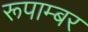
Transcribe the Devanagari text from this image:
रूपाम्बर